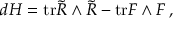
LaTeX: d H = \mathrm { t r } \tilde { R } \wedge \tilde { R } - \mathrm { t r } F \wedge F \, ,